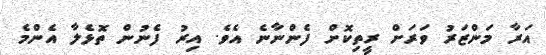
އަރާ މަންޒަރު ވަރަށް ރީތިކޮށް ފެންނާނެ އެވެ. އިރު ފެނުން ތޮޅެލާ އެންމެ